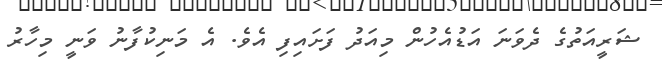
ޝަރީއަތުގެ ދެވަނަ އަޑުއެހުން މިއަދު ފަށައިފި އެވެ. އެ މަނިކުފާނު ވަނީ މިހާރު